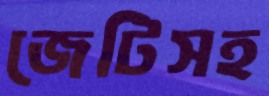
জেটিসহ